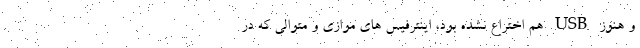
و هنوز USB هم اختراع نشده بود، اینترفیس های موازی و متوالی که در